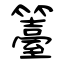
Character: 籉